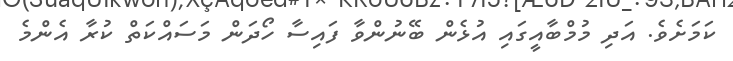
ކަމަށެވެ. އަދި މުމްބާއީގައި އުޅެން ބޭނުންވާ ފައިސާ ހޯދަން މަސައްކަތް ކުރާ އެންމެ